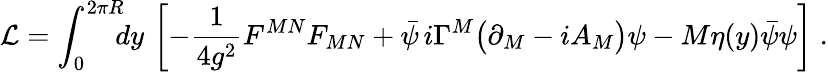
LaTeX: {\cal L}=\int_{0}^{2\pi R}\! \! \! dy\, \left[-\frac{1}{4g^{2}}F^{MN}F_{MN}+\bar{\psi}\, i\Gamma^{M}\big(\partial_{M}-iA_{M}\big)\psi-M\eta(y)\bar{\psi}\psi\right]\; .